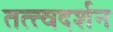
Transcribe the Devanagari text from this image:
तत्त्वदर्शन